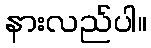
နားလည်ပါ။